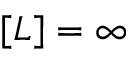
[ L ] = \infty